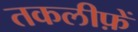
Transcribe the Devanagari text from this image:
तकलीफ़ें